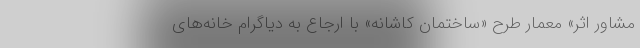
مشاور اثر» معمار طرح «ساختمان کاشانه» با ارجاع به دیاگرام خانه‌های